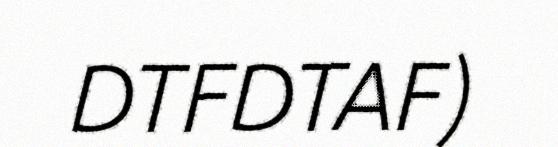
DTFDTAF)